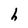
Character: h